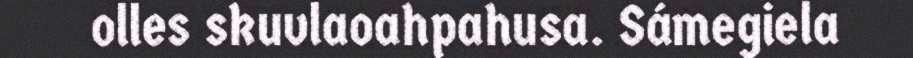
olles skuvlaoahpahusa. Sámegiela